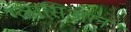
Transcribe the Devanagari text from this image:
ग्लासिअल